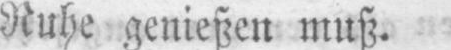
Ruhe genießen muß.